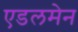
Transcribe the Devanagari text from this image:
एडलमेन